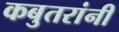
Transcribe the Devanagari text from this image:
कबुतरांनी